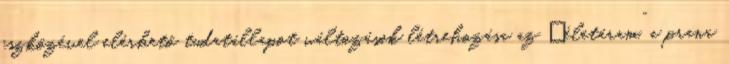
eszközével elérhető tudatállapot változások létrehozása az „életáram”, a prana